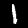
Digit: 1